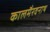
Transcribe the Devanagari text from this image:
कालमैरवनाथ